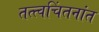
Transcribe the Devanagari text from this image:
तत्त्वचिंतनांत